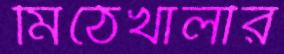
মিঠেখালীর